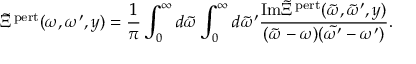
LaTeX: \tilde { \Xi } ^ { \mathrm { p e r t } } ( \omega , \omega ^ { \prime } , y ) = \frac { 1 } { \pi } \int _ { 0 } ^ { \infty } d \tilde { \omega } \int _ { 0 } ^ { \infty } d \tilde { \omega } ^ { \prime } \frac { \mathrm { I m } \tilde { \Xi } ^ { \mathrm { p e r t } } ( \tilde { \omega } , \tilde { \omega } ^ { \prime } , y ) } { ( \tilde { \omega } - \omega ) ( \tilde { \omega ^ { \prime } } - \omega ^ { \prime } ) } .